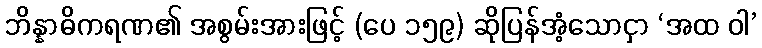
ဘိန္နာဓိကရဏ၏ အစွမ်းအားဖြင့် (ပေ ၁၅၉) ဆိုပြန်အံ့သောငှာ ‘အထ ဝါ’